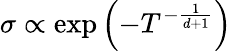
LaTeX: \sigma\propto\exp\left(-T^{-{\frac{1}{d+1}}}\right)